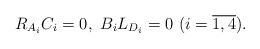
\begin{align*}\begin{aligned}&R_{A_{i}}C_{i}=0,\ B_{i}L_{D_{i}}=0\ (i=\overline{1,4}).\end{aligned}\end{align*}